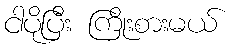
ငါပိုပြီး ကြိုးစားမယ်